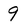
Character: 9